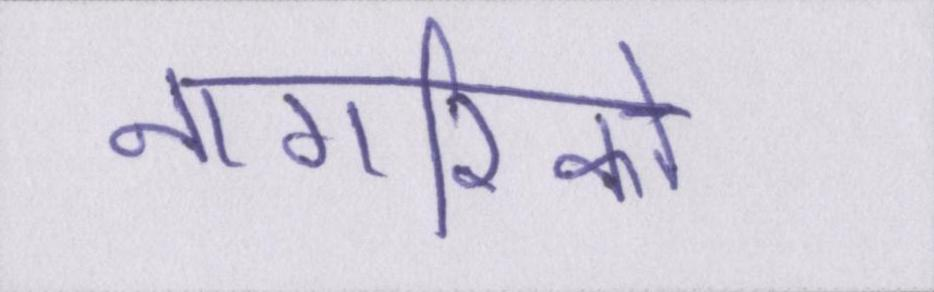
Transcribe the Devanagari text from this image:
नागरिको